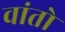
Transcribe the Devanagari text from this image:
वांतो